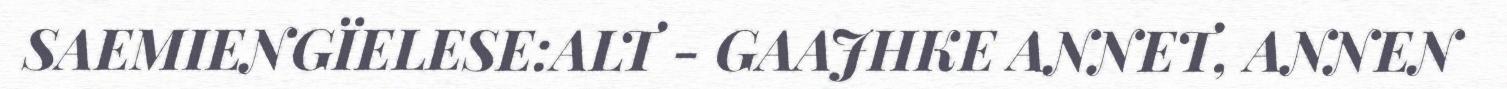
SAEMIENGÏELESE:ALT - GAAJHKE ANNET, ANNEN